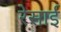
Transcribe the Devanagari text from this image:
रेसाई